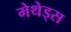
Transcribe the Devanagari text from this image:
मेथेड्स